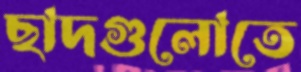
ছাদগুলোতে